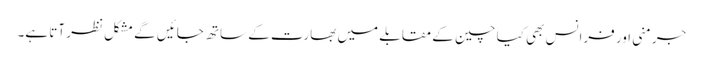
جرمنی اور فرانس بھی کیا چین کے مقابلے میں بھارت کے ساتھ جائیں گے مشکل نظر آتا ہے۔